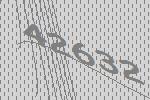
42632